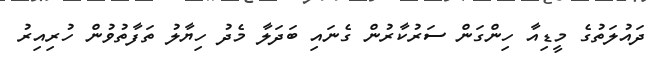
ދައުލަތުގެ މީޑިއާ ހިންގަން ސަރުކާރުން ގެނައި ބަދަލާ މެދު ހިޔާލު ތަފާތުވުން ހުރިއިރު